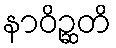
နာဝိဉ္ဆတိ